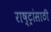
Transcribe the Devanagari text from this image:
राष्ट्रांसाठी